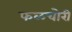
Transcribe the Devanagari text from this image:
फळचोरी